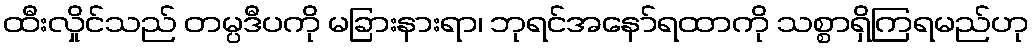
ထီးလှိုင်သည် တမ္ပဒီပကို မခြားနားရာ၊ ဘုရင်အနော်ရထာကို သစ္စာရှိကြရမည်ဟု